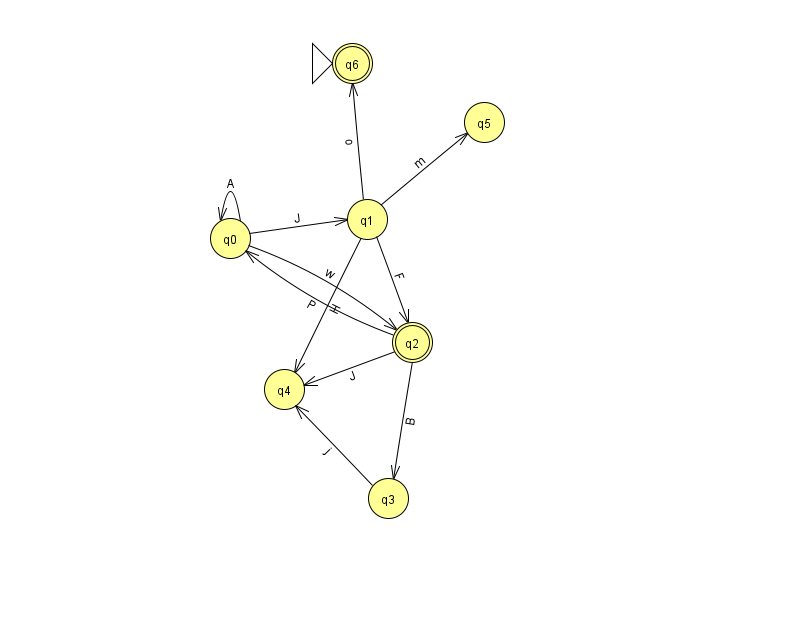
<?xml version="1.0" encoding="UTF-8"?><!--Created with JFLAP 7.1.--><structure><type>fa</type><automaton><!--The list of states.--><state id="0" name="q0"><x>230.0</x><y>225.0</y></state><state id="1" name="q1"><x>367.0</x><y>206.0</y></state><state id="2" name="q2"><x>412.0</x><y>329.0</y><final/></state><state id="3" name="q3"><x>388.0</x><y>485.0</y></state><state id="4" name="q4"><x>284.0</x><y>376.0</y></state><state id="5" name="q5"><x>484.0</x><y>109.0</y></state><state id="6" name="q6"><x>352.0</x><y>50.0</y><initial/><final/></state><!--The list of transitions.--><transition><from>0</from><to>0</to><read>A</read></transition><transition><from>1</from><to>2</to><read>F</read></transition><transition><from>1</from><to>5</to><read>m</read></transition><transition><from>2</from><to>0</to><read>P</read></transition><transition><from>2</from><to>4</to><read>J</read></transition><transition><from>0</from><to>2</to><read>w</read></transition><transition><from>1</from><to>6</to><read>o</read></transition><transition><from>1</from><to>4</to><read>H</read></transition><transition><from>3</from><to>4</to><read>j</read></transition><transition><from>2</from><to>3</to><read>B</read></transition><transition><from>0</from><to>1</to><read>J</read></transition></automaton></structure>